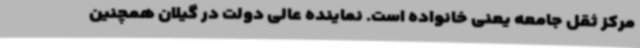
مرکز ثقل جامعه یعنی خانواده است. نماینده عالی دولت در گیلان همچنین